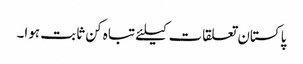
پاکستان تعلقات کیلئے تباہ کن ثابت ہوا۔